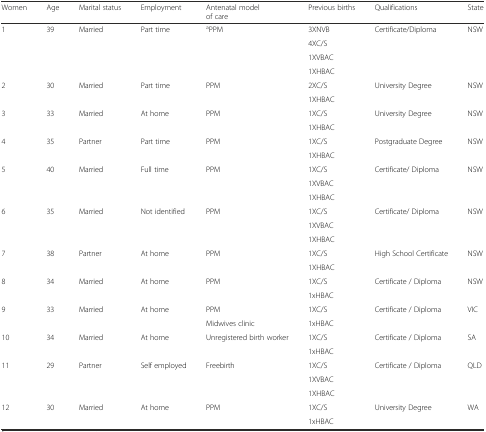
<table><thead><tr><td><b>Women</b></td><td><b>Age</b></td><td><b>Marital status</b></td><td><b>Employment</b></td><td><b>Antenatal model of care</b></td><td><b>Previous births</b></td><td><b>Qualifications</b></td><td><b>State</b></td></tr></thead><tbody><tr><td rowspan="4">1</td><td rowspan="4">39</td><td rowspan="4">Married</td><td rowspan="4">Part time</td><td rowspan="4"><sup>a</sup>PPM</td><td>3XNVB</td><td rowspan="4">Certificate/Diploma</td><td rowspan="4">NSW</td></tr><tr><td>4XC/S</td></tr><tr><td>1XVBAC</td></tr><tr><td>1XHBAC</td></tr><tr><td rowspan="2">2</td><td rowspan="2">30</td><td rowspan="2">Married</td><td rowspan="2">Part time</td><td rowspan="2">PPM</td><td>2XC/S</td><td rowspan="2">University Degree</td><td rowspan="2">NSW</td></tr><tr><td>1XHBAC</td></tr><tr><td rowspan="2">3</td><td rowspan="2">33</td><td rowspan="2">Married</td><td rowspan="2">At home</td><td rowspan="2">PPM</td><td>1XC/S</td><td rowspan="2">University Degree</td><td rowspan="2">NSW</td></tr><tr><td>1XHBAC</td></tr><tr><td rowspan="2">4</td><td rowspan="2">35</td><td rowspan="2">Partner</td><td rowspan="2">Part time</td><td rowspan="2">PPM</td><td>1XC/S</td><td rowspan="2">Postgraduate Degree</td><td rowspan="2">NSW</td></tr><tr><td>1XHBAC</td></tr><tr><td rowspan="3">5</td><td rowspan="3">40</td><td rowspan="3">Married</td><td rowspan="3">Full time</td><td rowspan="3">PPM</td><td>1XC/S</td><td rowspan="3">Certificate/ Diploma</td><td rowspan="3">NSW</td></tr><tr><td>1XVBAC</td></tr><tr><td>1XHBAC</td></tr><tr><td rowspan="3">6</td><td rowspan="3">35</td><td rowspan="3">Married</td><td rowspan="3">Not identified</td><td rowspan="3">PPM</td><td>1XC/S</td><td rowspan="3">Certificate/ Diploma</td><td rowspan="3">NSW</td></tr><tr><td>1XVBAC</td></tr><tr><td>1XHBAC</td></tr><tr><td rowspan="2">7</td><td rowspan="2">38</td><td rowspan="2">Partner</td><td rowspan="2">At home</td><td rowspan="2">PPM</td><td>1XC/S</td><td rowspan="2">High School Certificate</td><td rowspan="2">NSW</td></tr><tr><td>1XHBAC</td></tr><tr><td rowspan="2">8</td><td rowspan="2">34</td><td rowspan="2">Married</td><td rowspan="2">At home</td><td rowspan="2">PPM</td><td>1XC/S</td><td rowspan="2">Certificate / Diploma</td><td rowspan="2">NSW</td></tr><tr><td>1xHBAC</td></tr><tr><td rowspan="2">9</td><td rowspan="2">33</td><td rowspan="2">Married</td><td rowspan="2">At home</td><td>PPM</td><td>1XC/S</td><td rowspan="2">Certificate / Diploma</td><td rowspan="2">VIC</td></tr><tr><td>Midwives clinic</td><td>1xHBAC</td></tr><tr><td rowspan="2">10</td><td rowspan="2">34</td><td rowspan="2">Married</td><td rowspan="2">At home</td><td rowspan="2">Unregistered birth worker</td><td>1XC/S</td><td rowspan="2">Certificate / Diploma</td><td rowspan="2">SA</td></tr><tr><td>1xHBAC</td></tr><tr><td rowspan="3">11</td><td rowspan="3">29</td><td rowspan="3">Partner</td><td rowspan="3">Self employed</td><td rowspan="3">Freebirth</td><td>1XC/S</td><td rowspan="3">Certificate / Diploma</td><td rowspan="3">QLD</td></tr><tr><td>1XVBAC</td></tr><tr><td>1XHBAC</td></tr><tr><td rowspan="2">12</td><td rowspan="2">30</td><td rowspan="2">Married</td><td rowspan="2">At home</td><td rowspan="2">PPM</td><td>1XC/S</td><td rowspan="2">University Degree</td><td rowspan="2">WA</td></tr><tr><td>1xHBAC</td></tr></tbody></table>